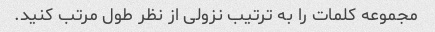
مجموعه کلمات را به ترتیب نزولی از نظر طول مرتب کنید.